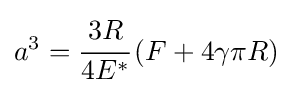
a^{3}={\cfrac {3R}{4E^{*}}}\left(F+4\gamma \pi R\right)